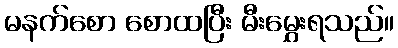
မနက်စော စောထပြီး မီးမွှေးရသည်။